Madras plague regulations and rules - Volume 1
Disease focus: Plague
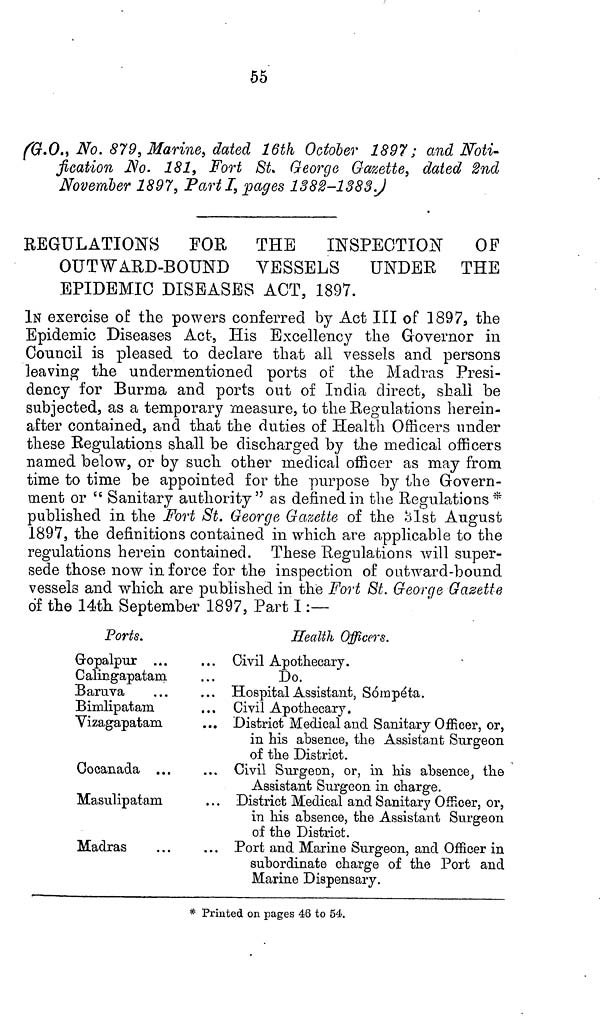
55
(G.O., No. 879, Marine, dated 16th October 1897; and Noti-
fication No. 181, Fort St. George Gazette, dated 2nd
November 1897, Part I, pages 1382-1383)
REGULATIONS FOR THE
INSPECTION OF
OUTWARD-BOUND VESSELS UNDER THE
EPIDEMIC DISEASES ACT, 1897.
IN exercise of the powers conferred by Act III of 1897, the
Epidemic Diseases Act, His Excellency the Governor in
Council is pleased to declare that all vessels and persons
leaving the undermentioned ports of the Madras Presi-
dency for Burma and ports out of India direct, shall be
subjected, as a temporary measure, to the Regulations herein-
after contained, and that the duties of Health Officers under
these Regulations shall be discharged by the medical officers
named below, or by such other medical officer as may from
time to time be appointed for the purpose by the Govern-
ment or " Sanitary authority" as defined in the Regulations*
published in the Fort St. George Gazette of the 31st August
1897, the definitions contained in which are applicable to the
regulations herein contained. These Regulations will super-
sede those now in force for the inspection of outward-bound
vessels and which are published in the Fort St. George Gazette
of the 14th September 1897, Part I:—
Ports.
Gropalpur ...
Calingapatam
Baruva
Bimlipatam
Vizagapatam
Cocanada . . .
Masulipatam
Madras
Health Officers.
. . . Civil Apothecary.
Do.
... Hospital Assistant, Sómpéta.
Civil Apothecary.
... District Medical and Sanitary Officer, or,
in his absence, the Assistant Surgeon
of the District.
Civil Surgeon, or, in his absence, the
Assistant Surgeon in charge.
District Medical and Sanitary Officer, or,
in his absence, the Assistant Surgeon
of the District.
. . . Port and Marine Surgeon, and Officer in
subordinate charge of the Port and
Marine Dispensary.
* Printed on pages 46 to 54.